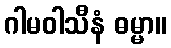
ဂါမဝါသီနံ ဓမ္မာ။